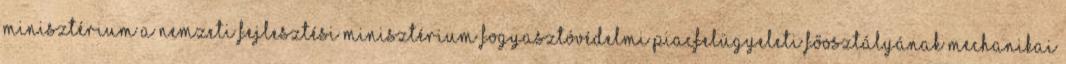
MINISZTÉRIUM A Nemzeti Fejlesztési Minisztérium Fogyasztóvédelmi Piacfelügyeleti Főosztályának Mechanikai